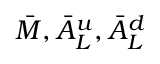
\bar { M } , \bar { A } _ { L } ^ { u } , \bar { A } _ { L } ^ { d }